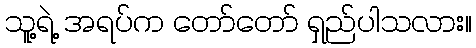
သူ့ရဲ့ အရပ်က တော်တော် ရှည်ပါသလား။